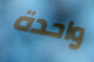
واحدة